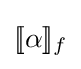
[\![\alpha ]\!]_{f}